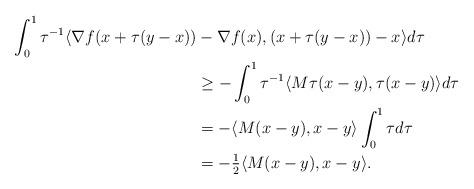
LaTeX: \begin{align*}\int_0^1\tau^{-1}\langle \nabla f(x+\tau(y-x))&-\nabla f(x),(x+\tau(y-x))-x\rangle d\tau\\&\geq -\int_0^1\tau^{-1}\langle M\tau (x-y),\tau(x-y)\rangle d\tau\\&=-\langle M(x-y),x-y\rangle\int_0^1\tau d\tau\\&=-\tfrac{1}{2}\langle M (x-y),x-y\rangle.\end{align*}